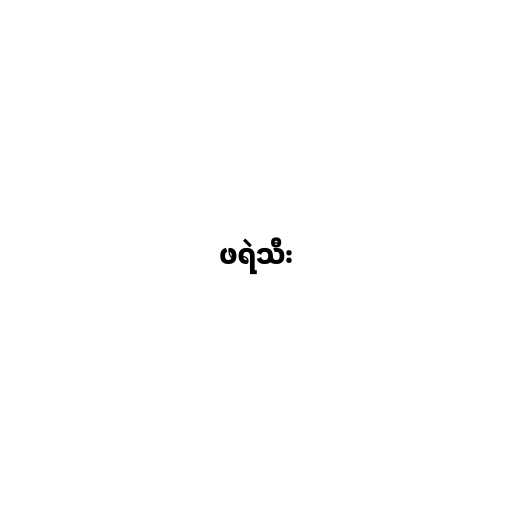
ဖရဲသီး